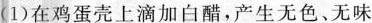
(1)在鸡蛋壳上滴加白醋，产生无色、无味